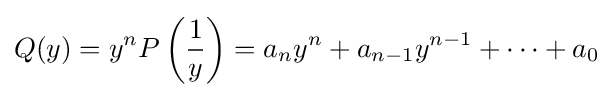
Q(y)=y^{n}P\left({\frac {1}{y}}\right)=a_{n}y^{n}+a_{n-1}y^{n-1}+\cdots +a_{0}